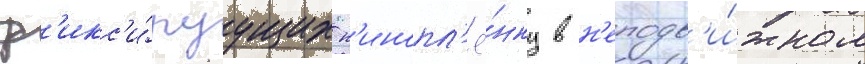
ф'икс'и́руущих к'инопл'ё́нку в н'еподв'и́жном